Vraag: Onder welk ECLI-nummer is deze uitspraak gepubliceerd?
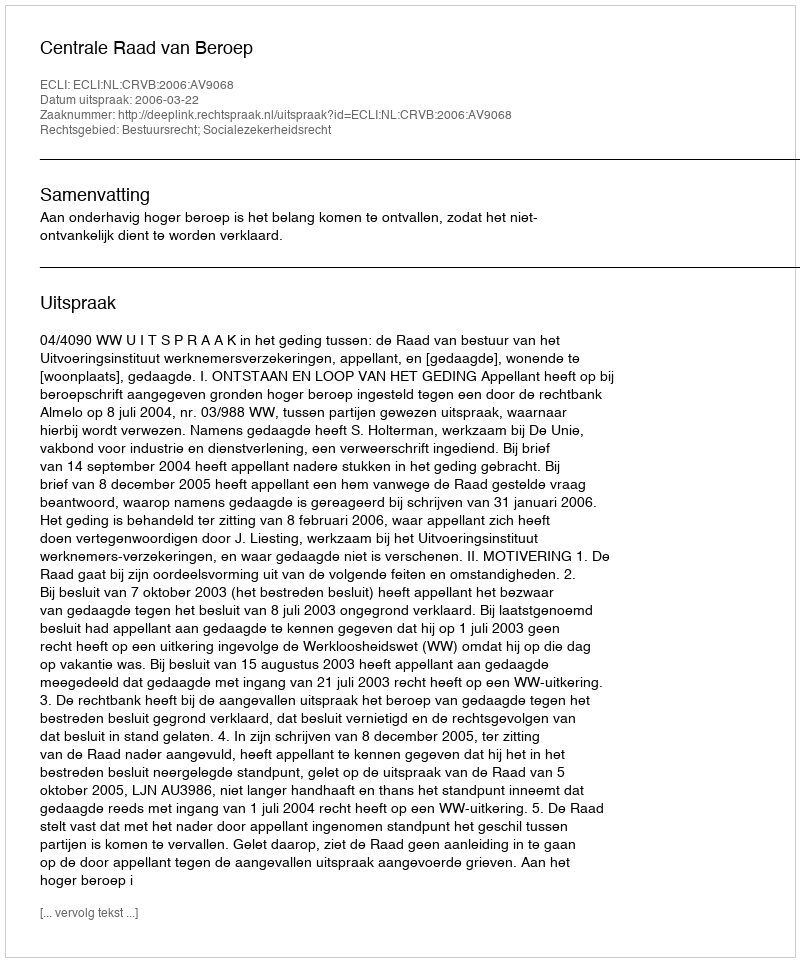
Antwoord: ECLI:NL:CRVB:2006:AV9068